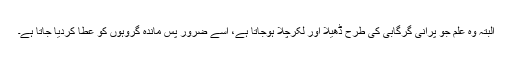
البتہ وہ علم جو پرانی گرگابی کی طرح ڈھیلا اور لکرچلا ہوجاتا ہے، اسے ضرور پس ماندہ گروہوں کو عطا کردیا جاتا ہے۔